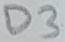
Text: D3